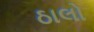
ઠાલો